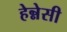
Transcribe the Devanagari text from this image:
हेन्नेसी